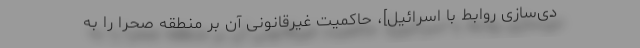
دی‌سازی روابط با اسرائیل]، حاکمیت غیرقانونی آن بر منطقه صحرا را به